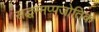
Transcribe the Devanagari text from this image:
सद्धम्मप्पजोतिक